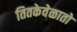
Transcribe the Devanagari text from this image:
तितकेवेळातो